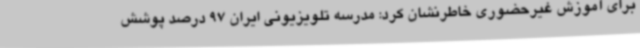
برای آموزش غیرحضوری خاطرنشان کرد: مدرسه تلویزیونی ایران 97 درصد پوشش